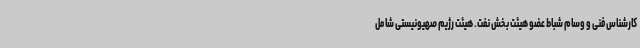
کارشناس فنی و وسام شباط عضو هیئت بخش نفت. هیئت رژیم صهیونیستی شامل